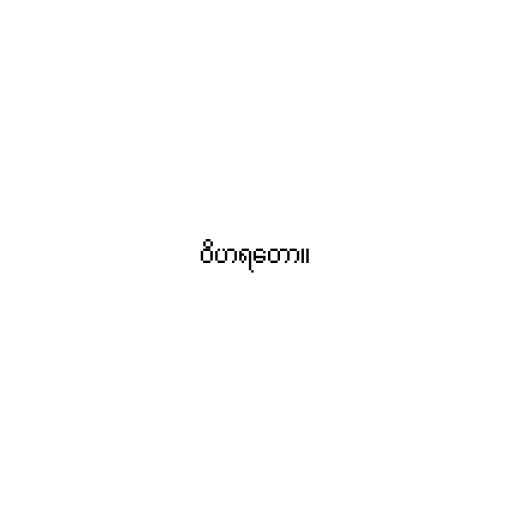
ဝိဟရတော။